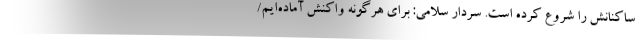
ساکنانش را شروع کرده است. سردار سلامی: برای هرگونه واکنش آماده‌ایم/